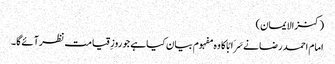
(کنزالایمان)
امام احمد رضا نےسَرَابًا کا وہ مفہوم بیان کیاہے جو روزِقیامت نظرآئےگا۔